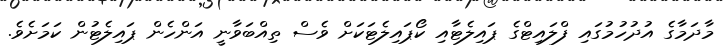
މާދަމާގެ އުދުހުމުގައި ފްލައިޓްގެ ޕައިލެޓާއި ކޯޕައިލެޓަކަށް ވެސް ތިއްބަވާނީ އަންހެން ޕައިލެޓުން ކަމަށެވެ.